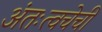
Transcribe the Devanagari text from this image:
अंतःत्वचेची